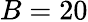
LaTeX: B=20